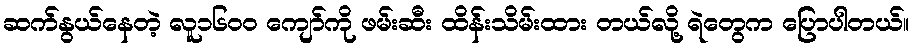
ဆက်နွယ်နေတဲ့ လူ၁၆၀၀ ကျော်ကို ဖမ်းဆီး ထိန်းသိမ်းထား တယ်လို့ ရဲတွေက ပြောပါတယ်။